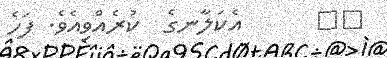
٣٤      އެކަލާނގެ  ކުރެއްވިއެވެ. ފަހެ